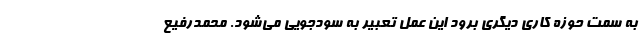
به سمت حوزه کاری دیگری برود این عمل تعبیر به سودجویی می‌شود. محمدرفیع